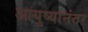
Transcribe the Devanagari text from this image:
आयुष्यानंतर